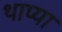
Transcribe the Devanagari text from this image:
थाप्या